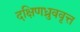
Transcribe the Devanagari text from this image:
दक्षिणध्रुववृत्त